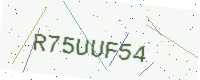
Text: R75UUF54